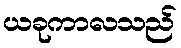
ယခုကာလသည်